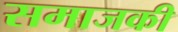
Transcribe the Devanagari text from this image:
समाजकी